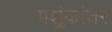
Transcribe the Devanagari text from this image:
पशुंकांतर